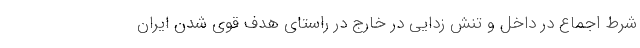
شرط اجماع در داخل و تنش زدایی در خارج در راستای هدف قوی شدن ایران